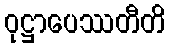
ဝုဋ္ဌာပေဿတီတိ